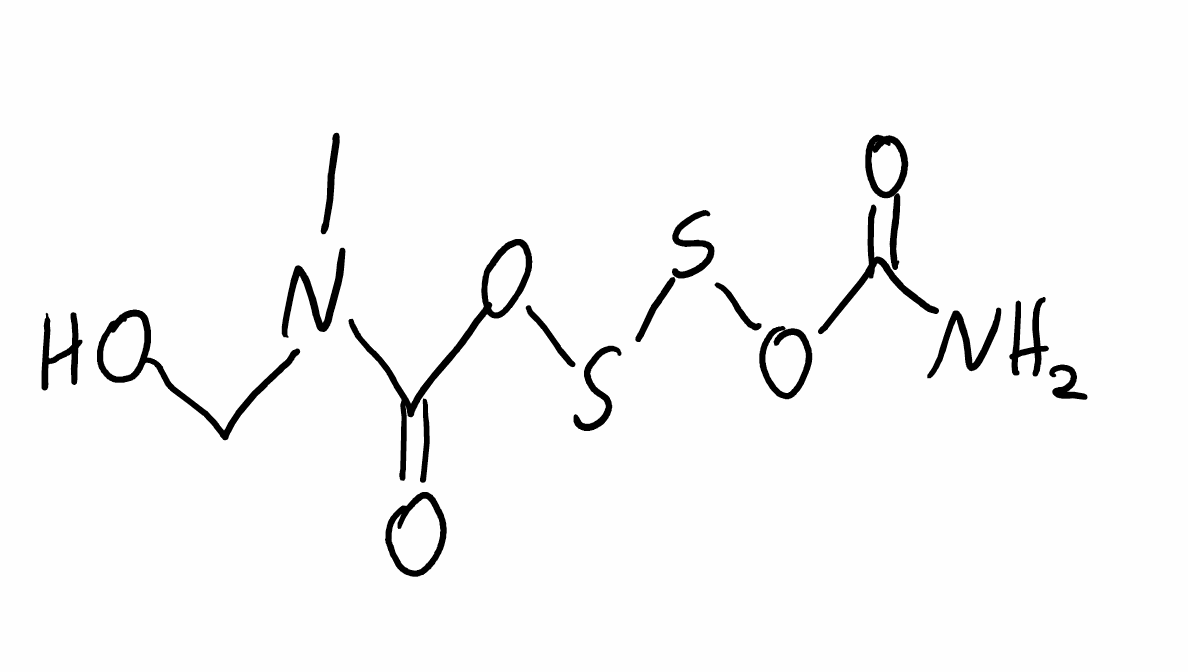
Simplified molecular-input line-entry system (SMILES) notation of the given molecule:
CN(CO)C(=O)OSSOC(=O)N